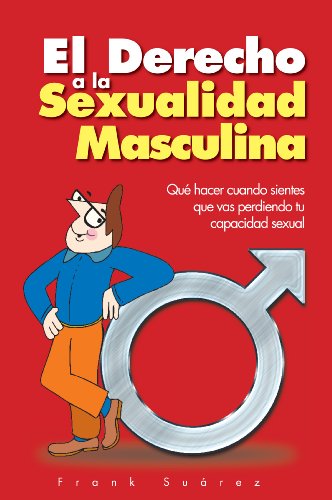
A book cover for El Derecho a la Sexualidad Masculina (Spanish Edition); Frank Suarez; Health, Fitness & Dieting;